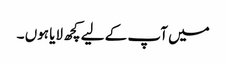
میں آپ کے لیے کچھ لایا ہوں ۔